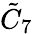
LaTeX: {\tilde{C}}_{7}